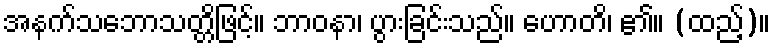
အနက်သဘောသတ္တိဖြင့်။ ဘာဝနာ၊ ပွားခြင်းသည်။ ဟောတိ၊ ၏။ (ထည့်)။